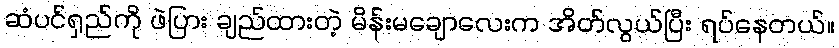
ဆံပင်ရှည်ကို ဖဲပြား ချည်ထားတဲ့ မိန်းမချောလေးက အိတ်လွယ်ပြီး ရပ်နေတယ်။